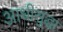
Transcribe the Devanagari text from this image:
आधीसुद्धा